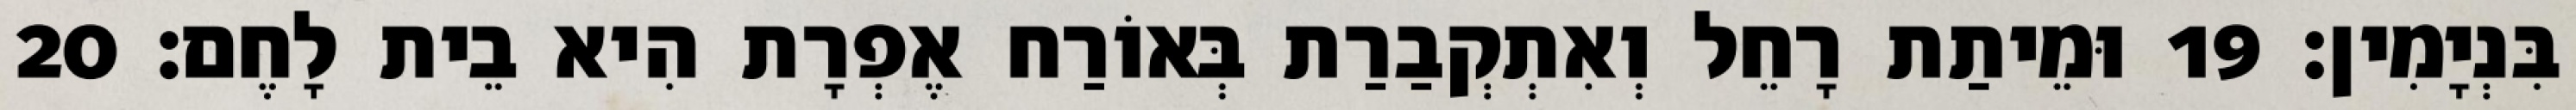
בִּנְיָמִין׃ 19 וּמֵיתַת רָחֵל וְאִתְקְבַרַת בְּאוֹרַח אֶפְרָת הִיא בֵית לָחֶם׃ 20